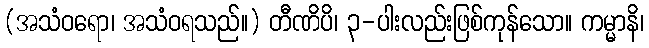
(အသံဝရော၊ အသံဝရသည်။) တီဏိပိ၊ ၃-ပါးလည်းဖြစ်ကုန်သော။ ကမ္မာနိ၊